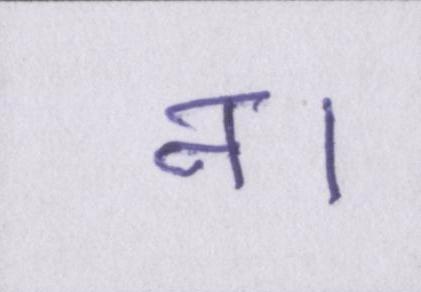
न।